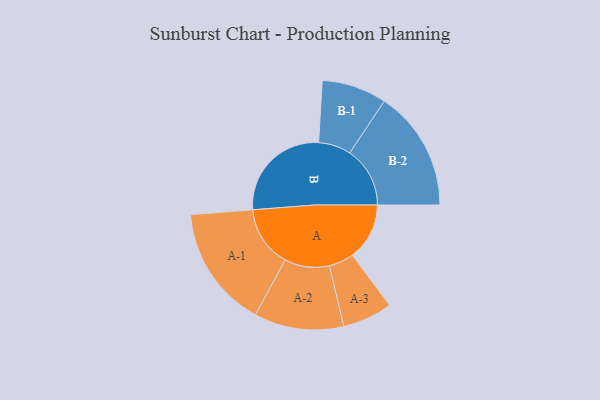
{"axis": {"x": "Segment", "y": "Value"}, "legend": ["", "A", "B"], "data": [{"x": "A", "y": 265, "type": ""}, {"x": "B", "y": 486, "type": ""}, {"x": "A-1", "y": 284, "type": "A"}, {"x": "A-2", "y": 208, "type": "A"}, {"x": "A-3", "y": 116, "type": "A"}, {"x": "B-1", "y": 151, "type": "B"}, {"x": "B-2", "y": 280, "type": "B"}]}